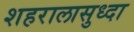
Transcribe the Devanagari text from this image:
शहरालासुध्दा